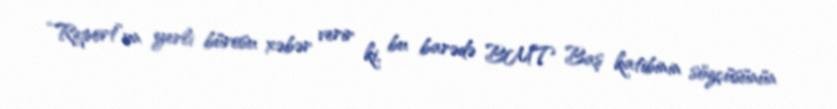
“Report”un yerli bürosu xəbər verir ki, bu barədə BMT Baş katibinin sözçüsünün